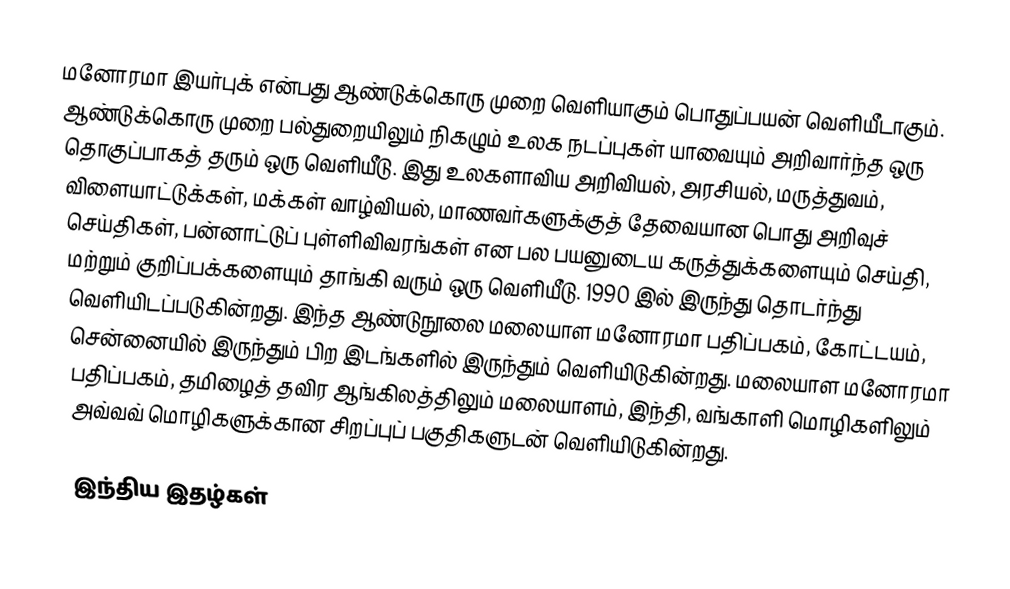
மனோரமா இயர்புக் என்பது ஆண்டுக்கொரு முறை வெளியாகும் பொதுப்பயன் வெளியீடாகும். ஆண்டுக்கொரு முறை பல்துறையிலும் நிகழும் உலக நடப்புகள் யாவையும் அறிவார்ந்த ஒரு தொகுப்பாகத் தரும் ஒரு வெளியீடு. இது உலகளாவிய அறிவியல், அரசியல், மருத்துவம், விளையாட்டுக்கள், மக்கள் வாழ்வியல், மாணவர்களுக்குத் தேவையான பொது அறிவுச் செய்திகள், பன்னாட்டுப் புள்ளிவிவரங்கள் என பல பயனுடைய கருத்துக்களையும் செய்தி, மற்றும் குறிப்பக்களையும் தாங்கி வரும் ஒரு வெளியீடு. 1990 இல் இருந்து தொடர்ந்து வெளியிடப்படுகின்றது. இந்த ஆண்டுநூலை மலையாள மனோரமா பதிப்பகம், கோட்டயம், சென்னையில் இருந்தும் பிற இடங்களில் இருந்தும் வெளியிடுகின்றது. மலையாள மனோரமா பதிப்பகம், தமிழைத் தவிர ஆங்கிலத்திலும் மலையாளம், இந்தி, வங்காளி மொழிகளிலும் அவ்வவ் மொழிகளுக்கான சிறப்புப் பகுதிகளுடன் வெளியிடுகின்றது.

இந்திய இதழ்கள்